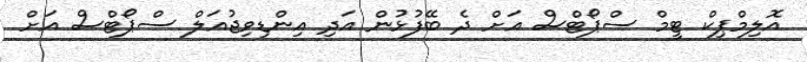
އޮލިމްޕިކް ޓީމް ސްޕޯޓްސް އަށް ދެ ބޭފުޅުން އަދި އިންޑިވިޖުއަލް ސްޕޯޓްސް އަށް